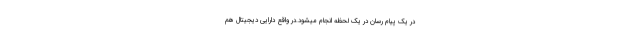
در یک پیام رسان در یک لحظه انجام میشود.در واقع دارایی دیجیتال هم